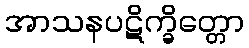
အာသနပဋိက္ခိတ္တော